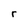
Character: r